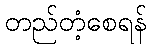
တည်တံ့စေရန်